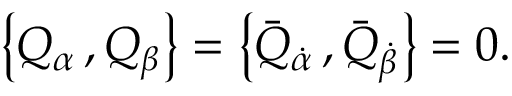
\left\{ Q _ { \alpha } \, , Q _ { \beta } \right\} = \left\{ \bar { Q } _ { \dot { \alpha } } \, , \bar { Q } _ { \dot { \beta } } \right\} = 0 .